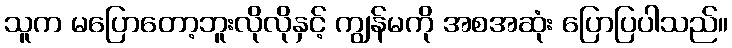
သူက မပြောတော့ဘူးလိုလိုနှင့် ကျွန်မကို အစအဆုံး ပြောပြပါသည်။